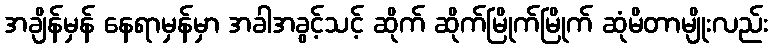
အချိန်မှန် နေရာမှန်မှာ အခါအခွင့်သင့် ဆိုက် ဆိုက်မြိုက်မြိုက် ဆုံမိတာမျိုးလည်း